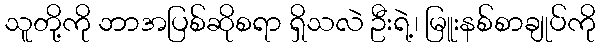
သူတို့ကို ဘာအပြစ်ဆိုစရာ ရှိသလဲ ဦးရဲ့၊ မြူးနစ်စာချုပ်ကို